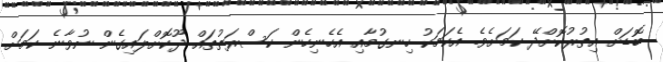
ބޮޑަށް އިތުރުކޮށްދޭ ކަމަށެވެ. އެކަމަކު ހިނގުމާއި އެހެނިހެން ކަސްރަތުތައް ދޫކޮށްލައިގެން ނުވާނެ ކަމަށް